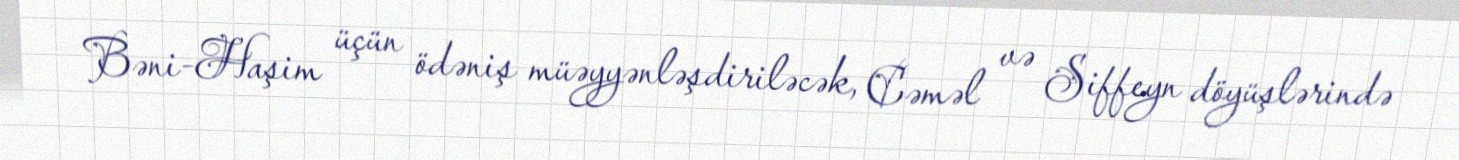
Bəni-Haşim üçün ödəniş müəyyənləşdiriləcək, Cəməl və Siffeyn döyüşlərində